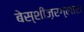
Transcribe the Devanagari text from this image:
बेस्शीज़रग्लास